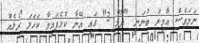
ނަމަވެސް އާމިރު ބުނަނީ "ދޫމް 3" ގައި އޭނާ ކުޅެފައިވާ ކަހަލަ ރޯލެއް